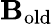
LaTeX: \mathbf{B}_{\mathrm{{old}}}